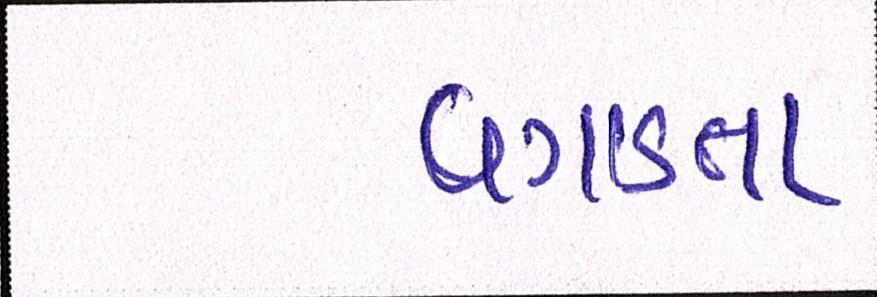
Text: વગાડતા